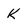
Character: k